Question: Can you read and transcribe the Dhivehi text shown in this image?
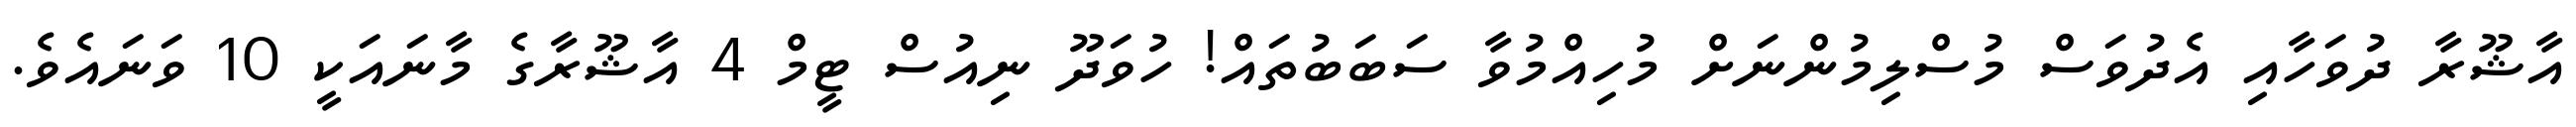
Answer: އާޝޫރާ ދުވަހާއި އެދުވަސް މުސްލިމުންނަށް މުހިއްމުވާ ސަބަބުތައް! ހުވަދޫ ނިއުސް ޓީމް 4 އާޝޫރާގެ މާނައަކީ 10 ވަނައެވެ.